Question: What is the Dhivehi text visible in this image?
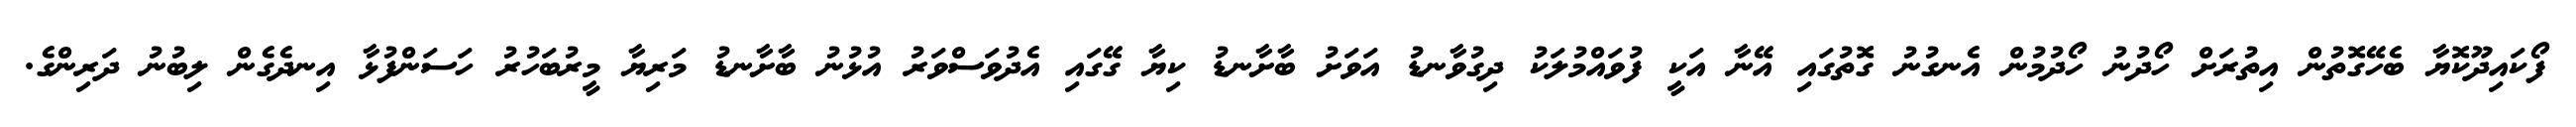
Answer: ފޯކައިދޫކޮޔާ ބެހޭގޮތުން އިތުރަށް ހޯދުނު ހޯދުމުން އެނގުނު ގޮތުގައި އޭނާ އަކީ ފުވައްމުލަކު ދިގުވާނޑު އަވަށު ބާށާނޑު ކިޔާ ގޭގައި އެދުވަސްވަރު އުޅުނު ބާށާނޑު މަރިޔާ މީރުބަހުރު ހަސަންފުޅާ އިނދެގެން ލިބުނު ދަރިންގެ.